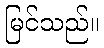
မြင်သည်။